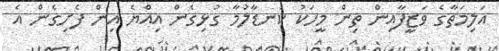
އަލިމަތާގެ ވަޒީފާއިން ތިން މީހަކު ކަނޑާލުމާ ގުޅިގެން އިއްޔެ އިން ފެށިގެން އެ